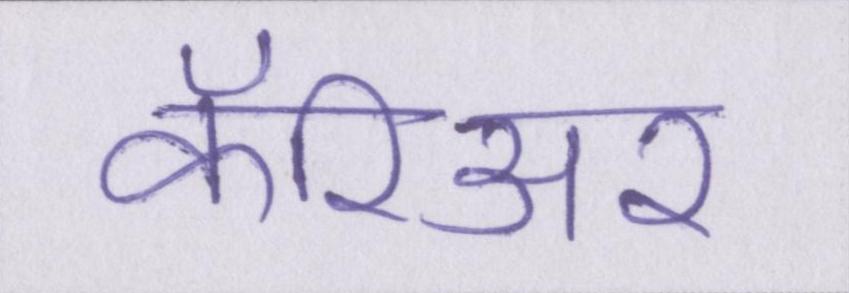
कॅरिअर